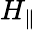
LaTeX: H_{\parallel}